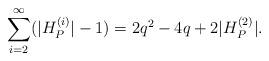
LaTeX: \begin{align*} \sum_{i=2}^\infty (|H_P^{(i)}|-1) = 2q^2-4q+2|H_P^{(2)}|.\end{align*}